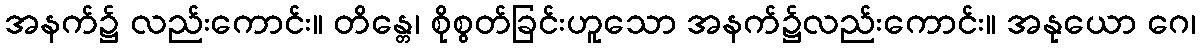
အနက်၌ လည်းကောင်း။ တိန္တေ၊ စိုစွတ်ခြင်းဟူသော အနက်၌လည်းကောင်း။ အနုယော ဂေ၊